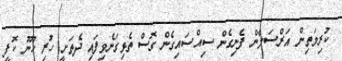
ކުރިމަތިން އަރްސަލާން ފެނިގެން ސިއްސައިގެން ގޮސް ތެޅިގަނެވިފައި ދެތަށީ ހުރި ހޫނު ކޮފީ